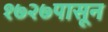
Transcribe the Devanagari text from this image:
१७२७पासून